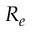
R _ { e }